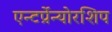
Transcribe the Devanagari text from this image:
एन्टर्प्रेन्योरशिप